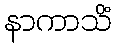
နာကာသိံ